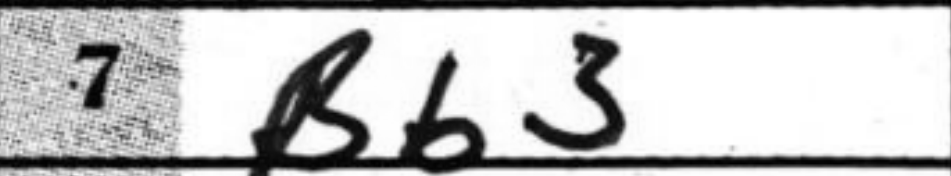
Transcription: Bb3